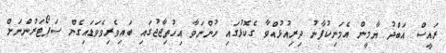
ރައީސް އަބްދު ޔާމީން އެމަނިކުފާނު ދިރިއުޅުއްވާ ގެކޮޅުގައި ހުންނަވާ އިހުތިޖާޖުގައި ބައިވެރިވެވަޑައިގެން ސަޕޯޓަރުންނަށް